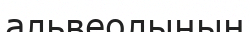
альвеолының